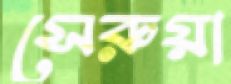
সেরুয়া